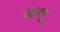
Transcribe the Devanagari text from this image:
मांग्पू